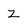
Character: Z